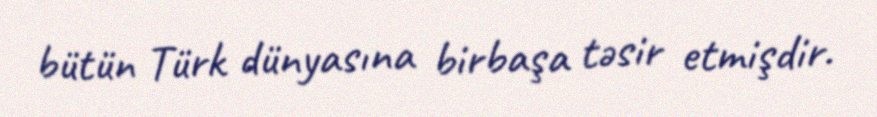
bütün Türk dünyasına birbaşa təsir etmişdir.